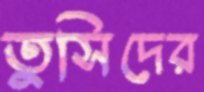
তুসিদের